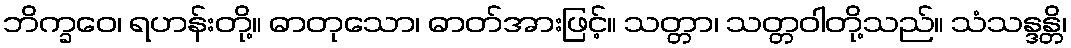
ဘိက္ခဝေ၊ ရဟန်းတို့။ ဓာတုသော၊ ဓာတ်အားဖြင့်။ သတ္တာ၊ သတ္တဝါတို့သည်။ သံသန္ဒန္တိ၊